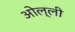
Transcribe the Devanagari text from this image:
ओल्ली